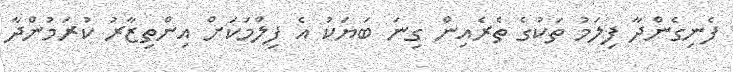
ފެނިގެންދާ ފިލަމު ތަކުގެ ތެރެއިން ގިނަ ބަޔަކު އެ ފިލްމަކަށް އިންތިޒާރު ކުރަމުންދާ